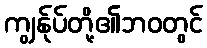
ကျွန်ုပ်တို့၏ဘဝတွင်